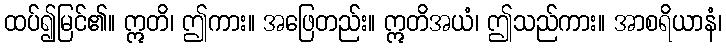
ထပ်၍မြင်၏။ ဣတိ၊ ဤကား။ အဖြေတည်း။ ဣတိအယံ၊ ဤသည်ကား။ အာစရိယာနံ၊